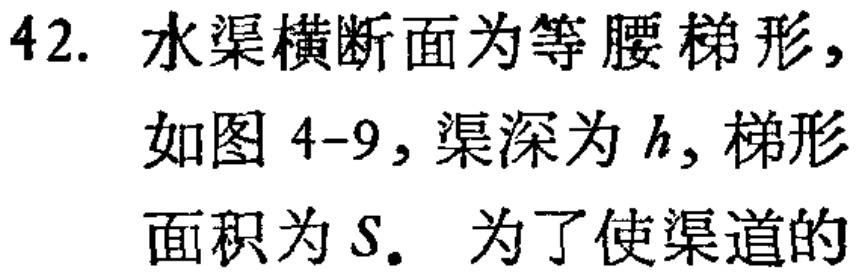
42. 水渠横断面为等腰梯形，
如图 4-9，渠深为 \(h\)，梯形
面积为 \(S\).  为了使渠道的